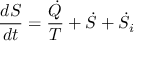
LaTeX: { \frac { d S } { d t } } = { \frac { \dot { Q } } { T } } + { \dot { S } } + { \dot { S } } _ { i }